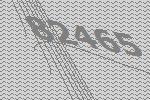
82465